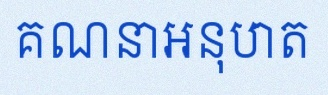
គណនាអនុបាត